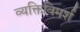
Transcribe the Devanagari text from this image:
व्यक्तिविमर्श